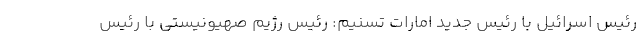
رئیس اسرائیل با رئیس جدید امارات تسنیم: رئیس رژیم صهیونیستی با رئیس